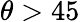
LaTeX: \theta>45